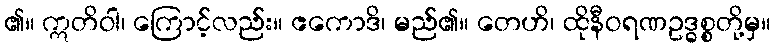
၏။ ဣတိဝါ၊ ကြောင့်လည်း။ ဧကောဒိ၊ မည်၏။ တေဟိ၊ ထိုနီဝရဏဥဒ္ဓစ္စတို့မှ။